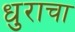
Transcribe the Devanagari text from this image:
धुराचा